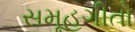
સમૂહગીતો